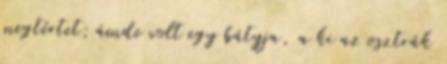
megtértet; ámde volt egy bátyja, a ki az osztrák